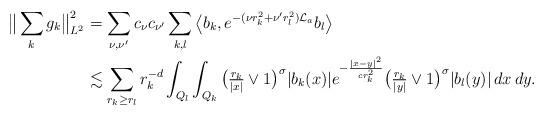
LaTeX: \begin{align*}\big\|\sum_kg_k\big\|_{L^2}^2&=\sum_{\nu, \nu'}c_\nu c_{\nu'}\sum_{k,l}\big\langle b_k,e^{-(\nu r_k^2+\nu' r_l^2)\mathcal L_a}b_l\big\rangle\\&\lesssim\sum_{r_k\geq r_l}r_k^{-d}\int_{Q_l}\int_{Q_k} \big(\tfrac{r_k}{|x|}\vee1\big)^\sigma |b_k(x)|e^{-\frac{|x-y|^2}{cr_k^2}} \big(\tfrac{r_k}{|y|}\vee1\big)^\sigma |b_l(y)|\,dx\,dy. \end{align*}